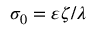
\sigma _ { 0 } = \varepsilon \zeta / \lambda